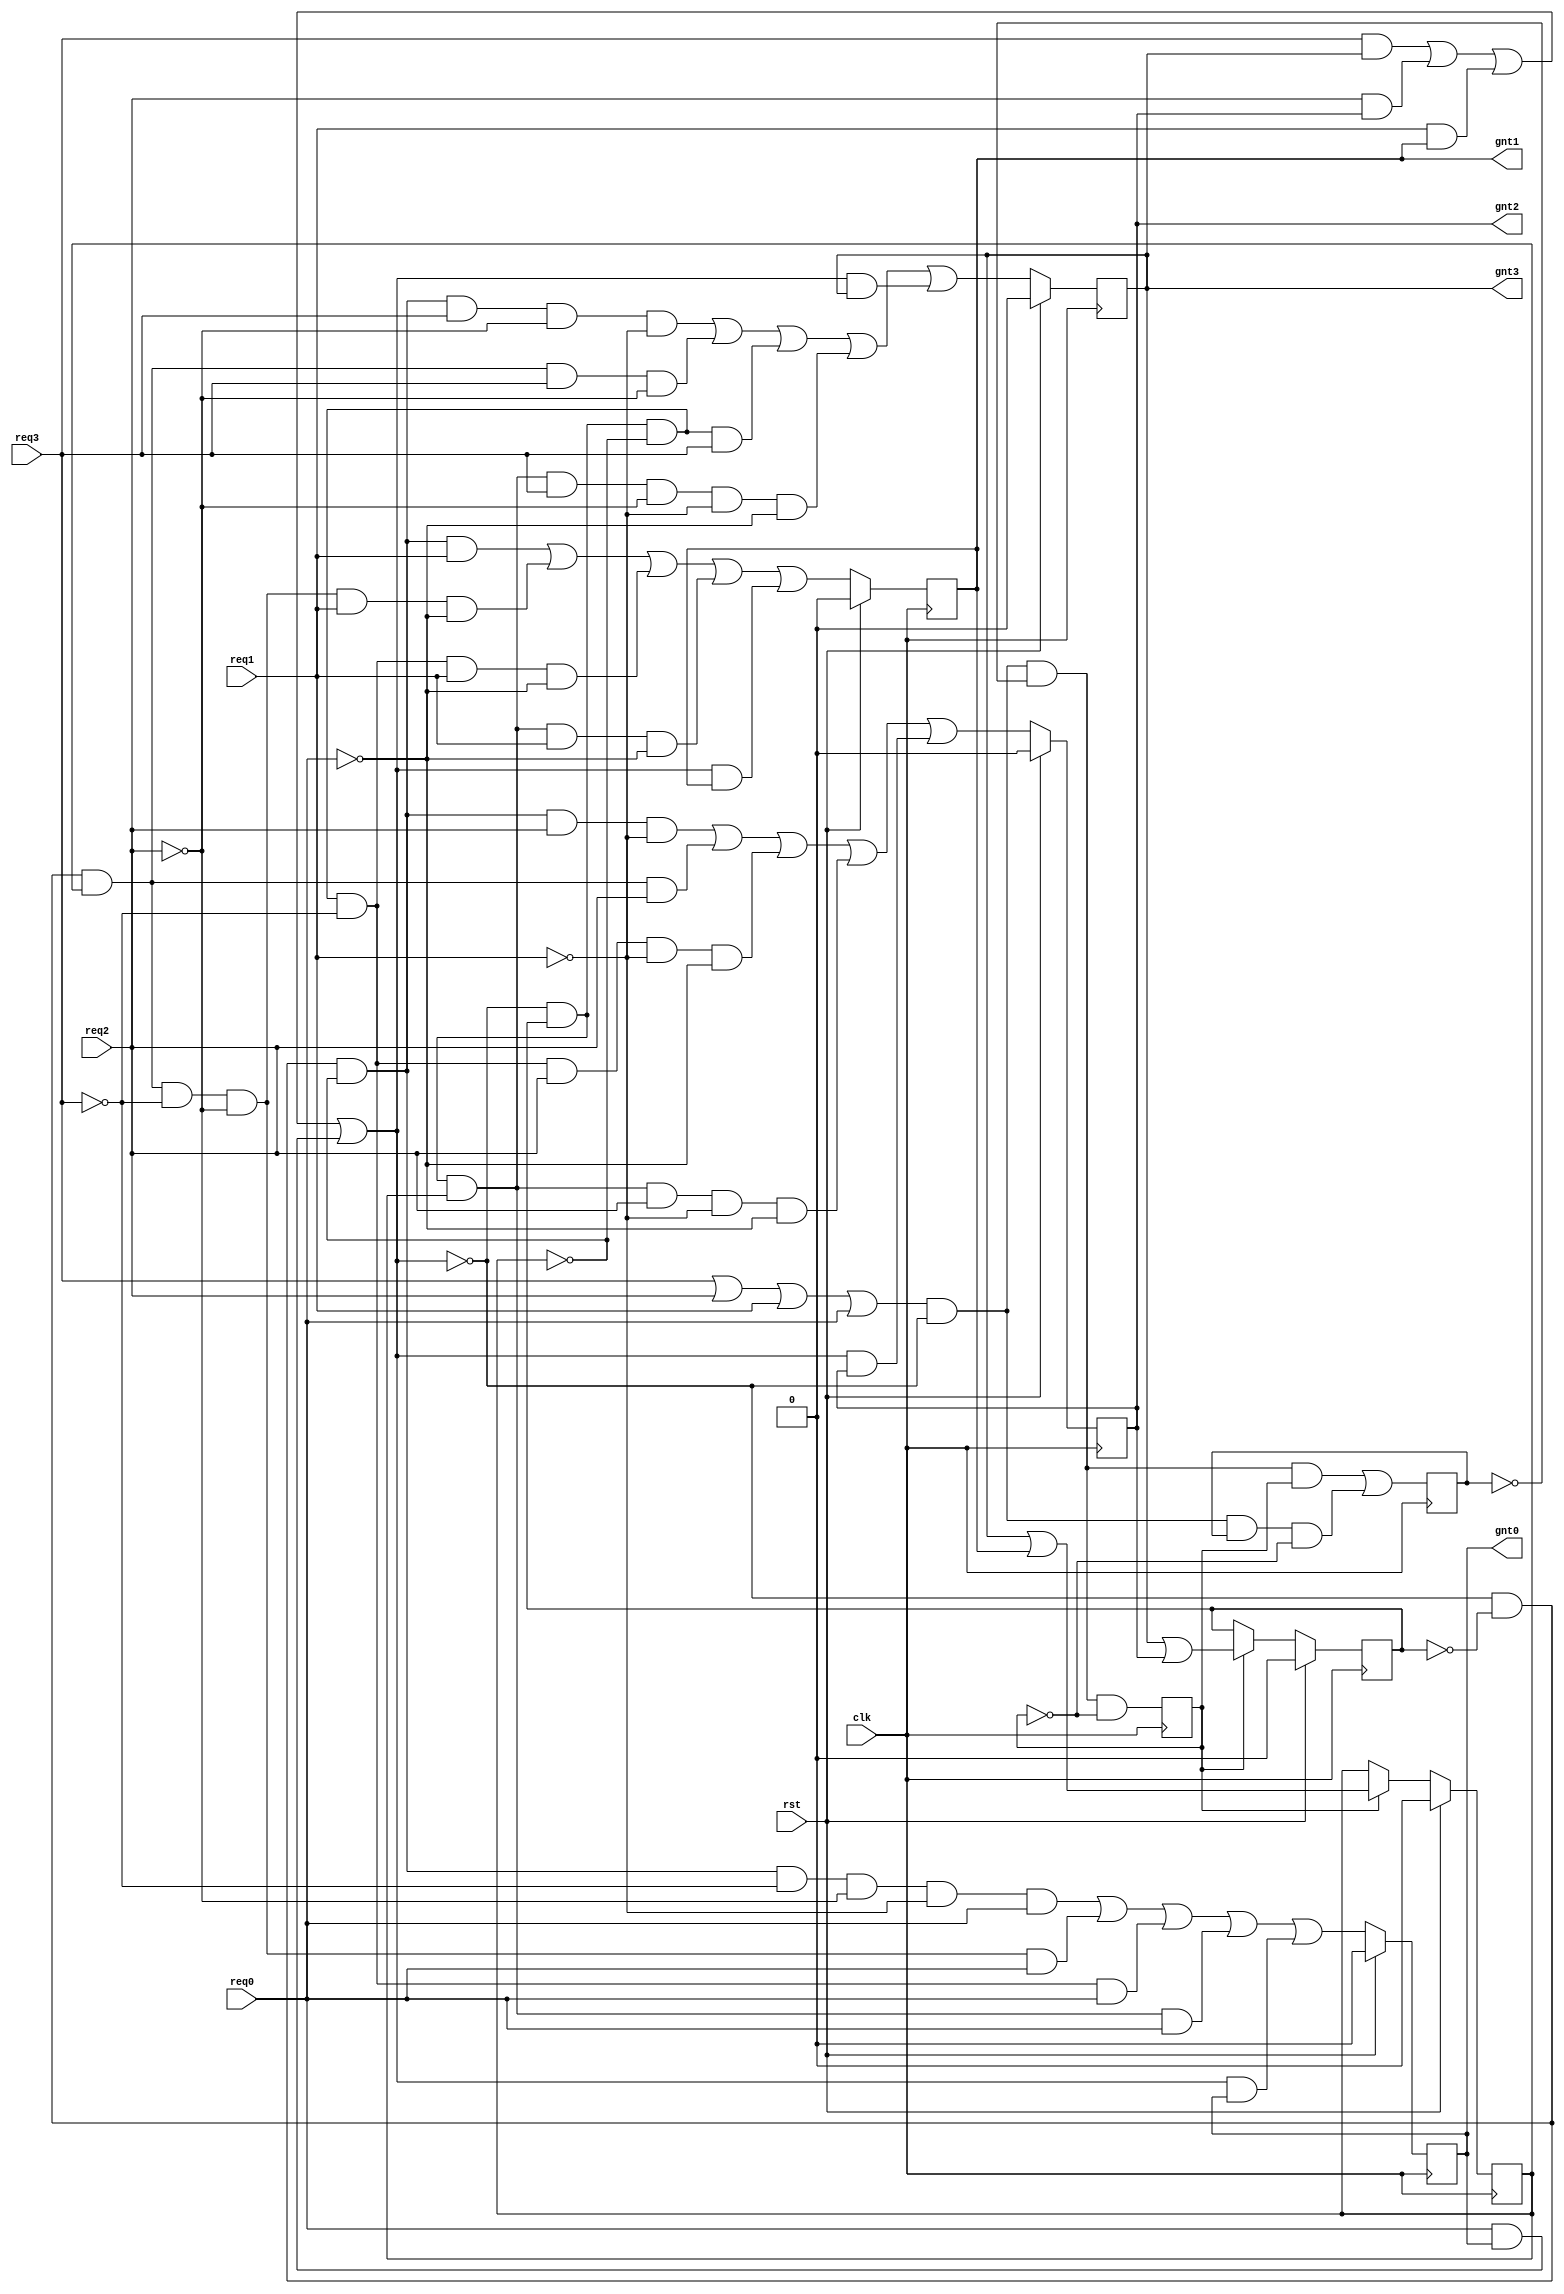
// Taken from:
// http://www.asic-world.com/code/hdl_models/arbiter.v

//----------------------------------------------------
// A four level, round-robin arbiter. This was
// orginally coded by WD Peterson in VHDL.
//----------------------------------------------------
module arbiter (
  clk,    
  rst,    
  req3,   
  req2,   
  req1,   
  req0,   
  gnt3,   
  gnt2,   
  gnt1,   
  gnt0   
);
// --------------Port Declaration----------------------- 
input           clk;    
input           rst;    
input           req3;   
input           req2;   
input           req1;   
input           req0;   
output          gnt3;   
output          gnt2;   
output          gnt1;   
output          gnt0;   

//--------------Internal Registers----------------------
wire    [1:0]   gnt       ;   
wire            comreq    ; 
wire            beg       ;
wire   [1:0]    lgnt      ;
wire            lcomreq   ;
reg             lgnt0     ;
reg             lgnt1     ;
reg             lgnt2     ;
reg             lgnt3     ;
reg             lasmask   ;
reg             lmask0    ;
reg             lmask1    ;
reg             ledge     ;

//--------------Code Starts Here----------------------- 
always @ (posedge clk)
if (rst) begin
  lgnt0 <= 0;
  lgnt1 <= 0;
  lgnt2 <= 0;
  lgnt3 <= 0;
end else begin
  lgnt0 <=(~lcomreq & ~lmask1 & ~lmask0 & ~req3 & ~req2 & ~req1 & req0)
        | (~lcomreq & ~lmask1 &  lmask0 & ~req3 & ~req2 &  req0)
        | (~lcomreq &  lmask1 & ~lmask0 & ~req3 &  req0)
        | (~lcomreq &  lmask1 &  lmask0 & req0  )
        | ( lcomreq & lgnt0 );
  lgnt1 <=(~lcomreq & ~lmask1 & ~lmask0 &  req1)
        | (~lcomreq & ~lmask1 &  lmask0 & ~req3 & ~req2 &  req1 & ~req0)
        | (~lcomreq &  lmask1 & ~lmask0 & ~req3 &  req1 & ~req0)
        | (~lcomreq &  lmask1 &  lmask0 &  req1 & ~req0)
        | ( lcomreq &  lgnt1);
  lgnt2 <=(~lcomreq & ~lmask1 & ~lmask0 &  req2  & ~req1)
        | (~lcomreq & ~lmask1 &  lmask0 &  req2)
        | (~lcomreq &  lmask1 & ~lmask0 & ~req3 &  req2  & ~req1 & ~req0)
        | (~lcomreq &  lmask1 &  lmask0 &  req2 & ~req1 & ~req0)
        | ( lcomreq &  lgnt2);
  lgnt3 <=(~lcomreq & ~lmask1 & ~lmask0 & req3  & ~req2 & ~req1)
        | (~lcomreq & ~lmask1 &  lmask0 & req3  & ~req2)
        | (~lcomreq &  lmask1 & ~lmask0 & req3)
        | (~lcomreq &  lmask1 &  lmask0 & req3  & ~req2 & ~req1 & ~req0)
        | ( lcomreq & lgnt3);
end 

//----------------------------------------------------
// lasmask state machine.
//----------------------------------------------------
assign beg = (req3 | req2 | req1 | req0) & ~lcomreq;
always @ (posedge clk)
begin                                     
  lasmask <= (beg & ~ledge & ~lasmask);
  ledge   <= (beg & ~ledge &  lasmask) 
          |  (beg &  ledge & ~lasmask);
end 

//----------------------------------------------------
// comreq logic.
//----------------------------------------------------
assign lcomreq = ( req3 & lgnt3 )
                | ( req2 & lgnt2 )
                | ( req1 & lgnt1 )
                | ( req0 & lgnt0 );

//----------------------------------------------------
// Encoder logic.
//----------------------------------------------------
assign  lgnt =  {(lgnt3 | lgnt2),(lgnt3 | lgnt1)};

//----------------------------------------------------
// lmask register.
//----------------------------------------------------
always @ (posedge clk )
if( rst ) begin
  lmask1 <= 0;
  lmask0 <= 0;
end else if(lasmask) begin
  lmask1 <= lgnt[1];
  lmask0 <= lgnt[0];
end else begin
  lmask1 <= lmask1;
  lmask0 <= lmask0;
end 

assign comreq = lcomreq;
assign gnt    = lgnt;
//----------------------------------------------------
// Drive the outputs
//----------------------------------------------------
assign gnt3   = lgnt3;
assign gnt2   = lgnt2;
assign gnt1   = lgnt1;
assign gnt0   = lgnt0;

endmodule